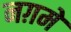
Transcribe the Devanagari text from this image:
नग़में